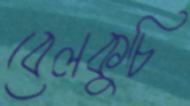
বেলকুচি